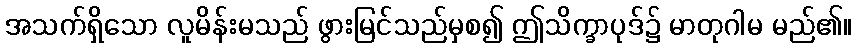
အသက်ရှိသော လူမိန်းမသည် ဖွားမြင်သည်မှစ၍ ဤသိက္ခာပုဒ်၌ မာတုဂါမ မည်၏။